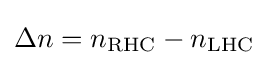
\Delta n=n_{\text{RHC}}-n_{\text{LHC}}